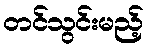
တင်သွင်းမည့်